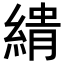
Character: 𮈨